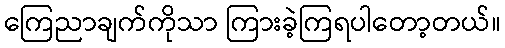
ကြေညာချက်ကိုသာ ကြားခဲ့ကြရပါတော့တယ်။